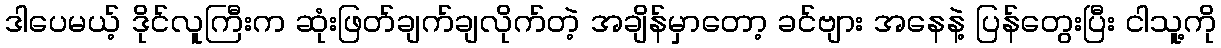
ဒါပေမယ့် ဒိုင်လူကြီးက ဆုံးဖြတ်ချက်ချလိုက်တဲ့ အချိန်မှာတော့ ခင်ဗျား အနေနဲ့ ပြန်တွေးပြီး ငါသူ့ကို